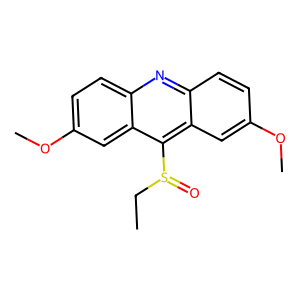
SMILES: CCS(=O)c1c2cc(OC)ccc2nc2ccc(OC)cc12
Inhibits HIV replication: No